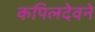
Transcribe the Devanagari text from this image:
कपिलदेवने